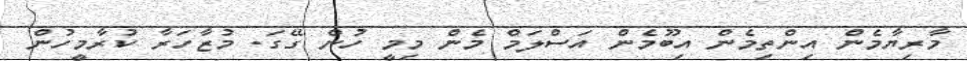
މާރިޔާމެން އިންތިމެން އިބޫމެން އަސްލަމް މެން މިމީ ހުން ގޭގަ. މުޒާހަރާ ކުރާމީހުން